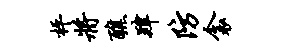
枰将醮肄防衾